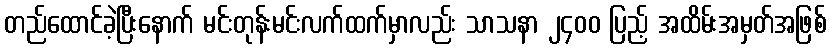
တည်ထောင်ခဲ့ပြီးနောက် မင်းတုန်းမင်းလက်ထက်မှာလည်း သာသနာ ၂၄၀၀ ပြည့် အထိမ်းအမှတ်အဖြစ်